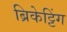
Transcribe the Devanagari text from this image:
ब्रिकेट्टिंग